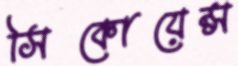
সিকোয়েন্স